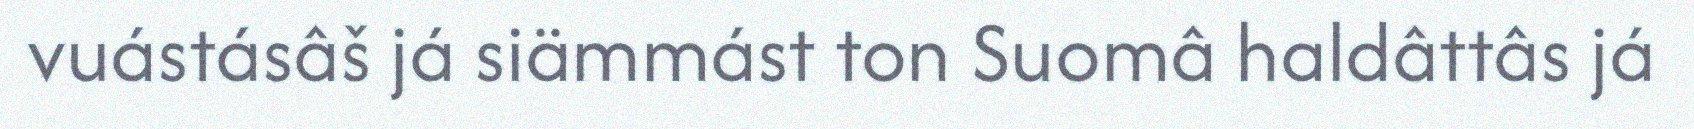
vuástásâš já siämmást ton Suomâ haldâttâs já